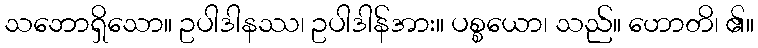
သဘောရှိသော။ ဥပါဒါနဿ၊ ဥပါဒါန်အား။ ပစ္စယော၊ သည်။ ဟောတိ၊ ၏။